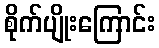
စိုက်ပျိုးကြောင်း